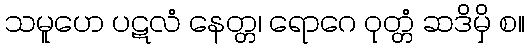
သမူဟေ ပဋလံ နေတ္တ၊ ရောဂေ ဝုတ္တံ ဆဒိမှိ စ။